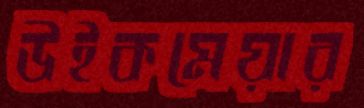
উইকমেয়ার